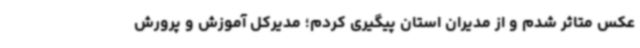
عکس متاثر شدم و از مدیران استان پیگیری کردم؛ مدیرکل آموزش و پرورش